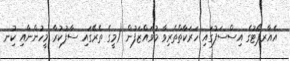
އެއާރޕޯޓުގެ އިސްސަފުގައި ހަރަކާތްތެރިވާ މުވައްޒަފުން (މީގެ ތެރޭގައި ސާފުކުރާ މީހުންނާއި ކުިނ